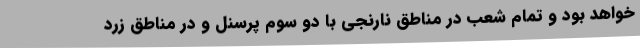
خواهد بود و تمام شعب در مناطق نارنجی با دو سوم پرسنل و در مناطق زرد